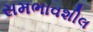
સમભાવશીલ